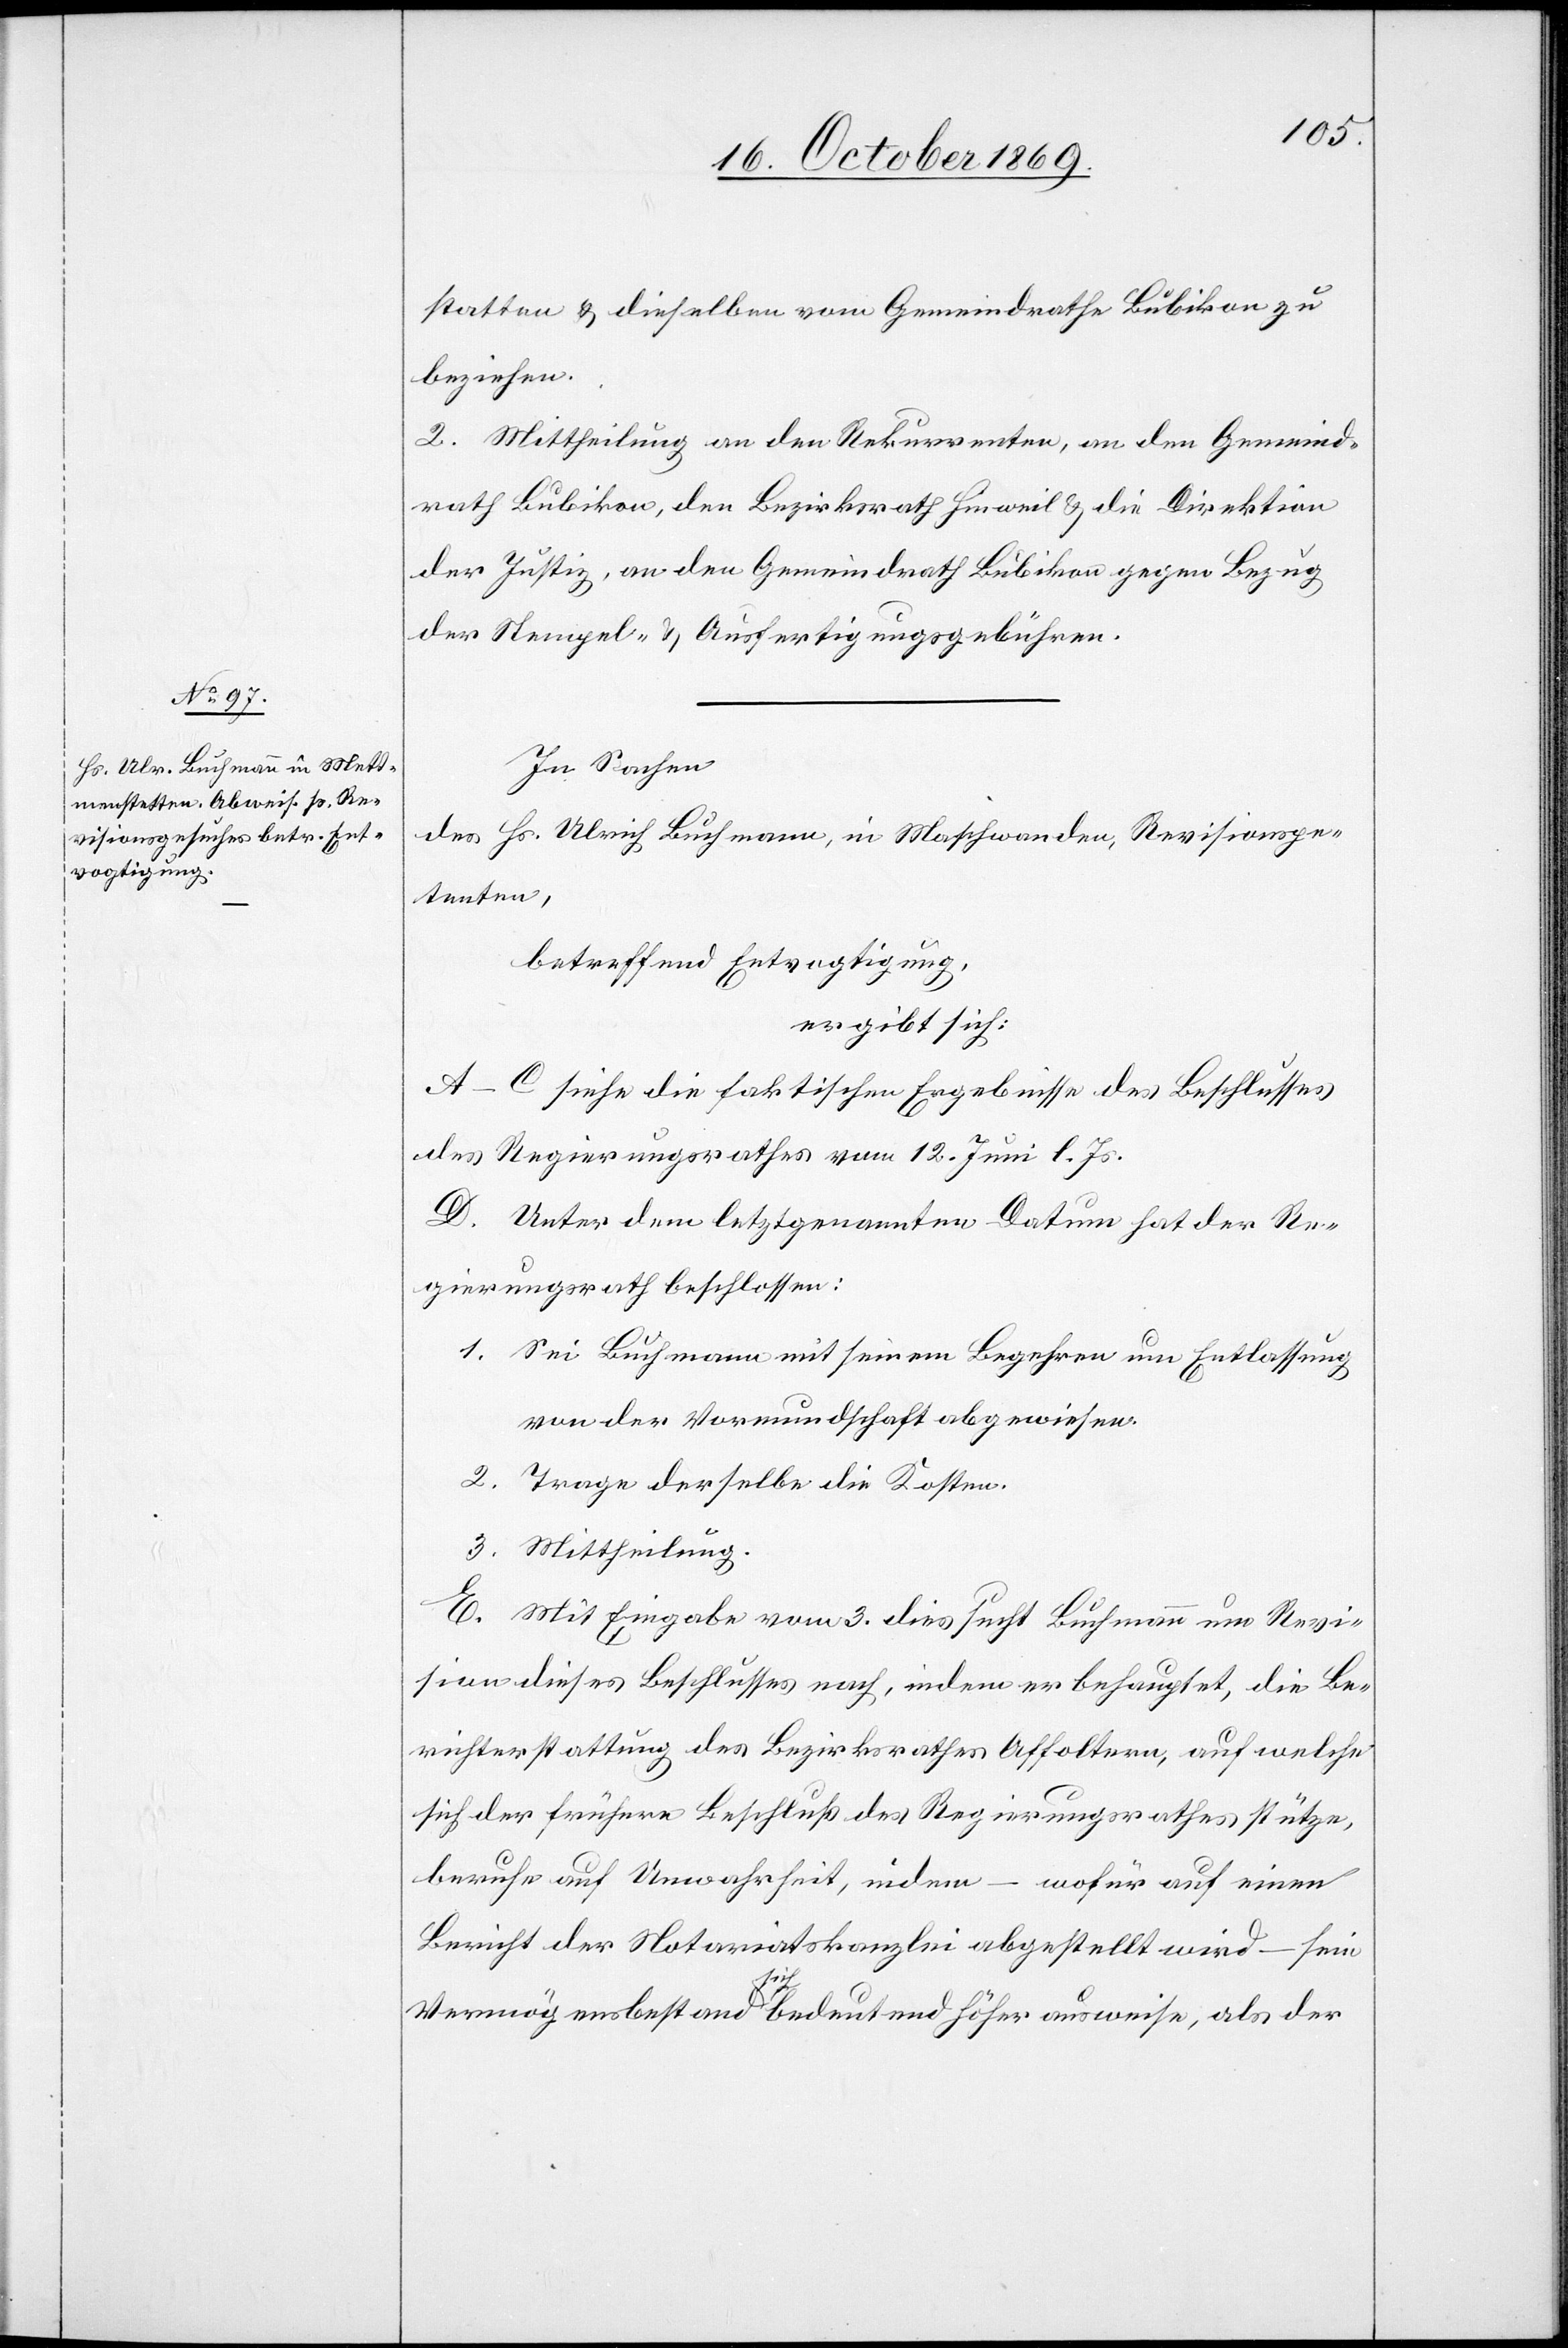
statten & dieselben vom Gemeindrathe Bubikon zu
beziehen.
2. Mittheilung an den Rekurrenten, an den Gemeind¬
rath Bubikon, den Bezirksrath Hinweil & die Direktion
der Justiz, an den Gemeindrath Bubikon gegen Bezug
der Stempel- & Ausfertigungsgebühren.
In Sachen
des Hs. Ulrich Buchmann, in Maschwanden, Revisionspe¬
tenten,
betreffend Entvogtigung,
ergibt sich:
A–C siehe die faktischen Ergebnisse des Beschlusses
des Regierungsrathes vom 12. Juni l. Js.
D. Unter dem letztgenannten Datum hat der Re¬
gierungsrath beschlossen:
1. Sei Buchmann mit seinem Begehren um Entlassung
von der Vormundschaft abgewiesen.
2. Trage derselbe die Kosten.
3. Mittheilung.
E. Mit Eingabe vom 3. dies sucht Buchmann um Revi¬
sion dieses Beschlusses nach, indem er behauptet, die Be¬
richterstattung des Bezirksrathes Affoltern, auf welche
sich der frühere Beschluß des Regierungsrathes stütze,
beruhe auf Unwahrheit, indem – wofür auf einen
Bericht der Notariatskanzlei abgestellt wird – sein
Vermögensbestand sich bedeutend höher ausweise, als der